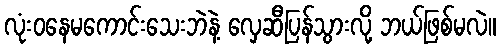
လုံးဝနေမကောင်းသေးဘဲနဲ့ လှေဆီပြန်သွားလို့ ဘယ်ဖြစ်မလဲ။